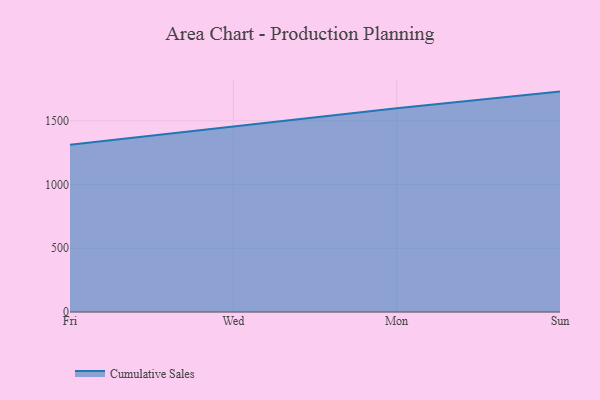
{"axis": {"x": "Day", "y": "Waste Production (Tons)"}, "legend": ["Cumulative Sales"], "data": [{"x": "Fri", "y": 1311.5, "type": "Cumulative Sales"}, {"x": "Wed", "y": 1456.5, "type": "Cumulative Sales"}, {"x": "Mon", "y": 1599.7, "type": "Cumulative Sales"}, {"x": "Sun", "y": 1729.5, "type": "Cumulative Sales"}]}